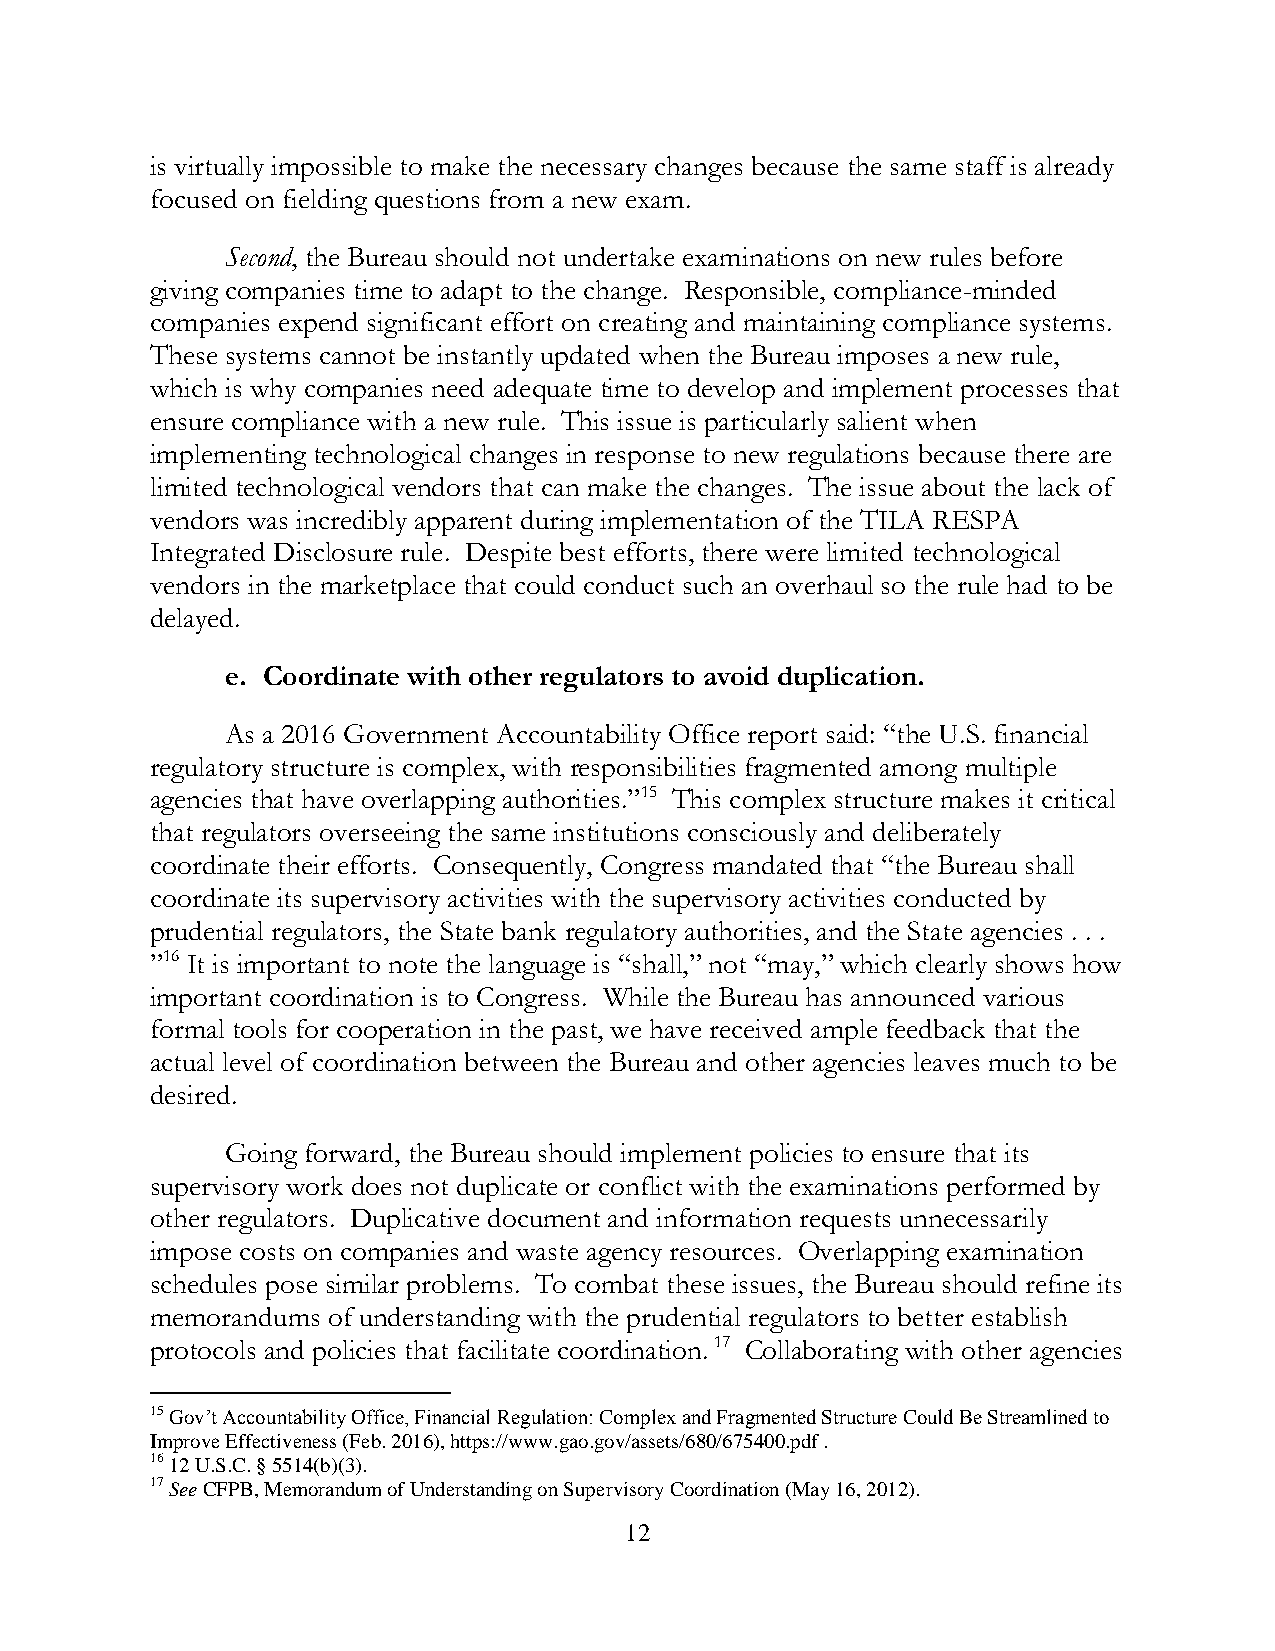
is virtually impossible to make the necessary changes because the same staff is already
 focused on fielding questions from a new exam.
 Second, the Bureau should not undertake examinations on new rules before
 giving companies time to adapt to the change. Responsible, compliance-minded
 companies expend significant effort on creating and maintaining compliance systems.
 These systems cannot be instantly updated when the Bureau imposes a new rule,
 which is why companies need adequate time to develop and implement processes that
 ensure compliance with a new rule. This issue is particularly salient when
 implementing technological changes in response to new regulations because there are
 limited technological vendors that can make the changes. The issue about the lack of
 vendors was incredibly apparent during implementation of the TILA RESPA
 Integrated Disclosure rule. Despite best efforts, there were limited technological
 vendors in the marketplace that could conduct such an overhaul so the rule had to be
 delayed.
 e. Coordinate with other regulators to avoid duplication.
 As a 2016 Government Accountability Office report said: “the U.S. financial
 regulatory structure is complex, with responsibilities fragmented among multiple
 agencies that have overlapping authorities.”15 This complex structure makes it critical
 that regulators overseeing the same institutions consciously and deliberately
 coordinate their efforts. Consequently, Congress mandated that “the Bureau shall
 coordinate its supervisory activities with the supervisory activities conducted by
 prudential regulators, the State bank regulatory authorities, and the State agencies . . .
 ”16 It is important to note the language is “shall,” not “may,” which clearly shows how
 important coordination is to Congress. While the Bureau has announced various
 formal tools for cooperation in the past, we have received ample feedback that the
 actual level of coordination between the Bureau and other agencies leaves much to be
 desired.
 Going forward, the Bureau should implement policies to ensure that its
 supervisory work does not duplicate or conflict with the examinations performed by
 other regulators. Duplicative document and information requests unnecessarily
 impose costs on companies and waste agency resources. Overlapping examination
 schedules pose similar problems. To combat these issues, the Bureau should refine its
 memorandums of understanding with the prudential regulators to better establish
 protocols and policies that facilitate coordination. 17 Collaborating with other agencies
 15 Gov’t Accountability Office, Financial Regulation: Complex and Fragmented Structure Could Be Streamlined to
 Improve Effectiveness (Feb. 2016), https://www.gao.gov/assets/680/675400.pdf .
 16 12 U.S.C. § 5514(b)(3).
 17 See CFPB, Memorandum of Understanding on Supervisory Coordination (May 16, 2012).
 12